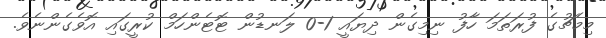
މިމެޗުގެ ފުރަތަމަ ހާފު ނިމިގެން ދިޔައީ 1-0 ލަނޑުން ޓޮޓެންހަމް ކުރީގައި އޮވެގެންނެވެ.